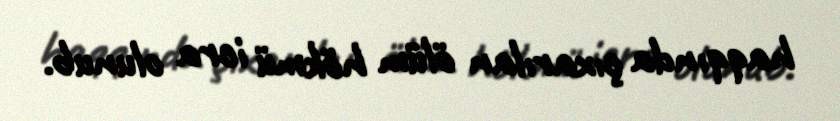
haqqında çıxarılan ölüm hökmü icra olunub.